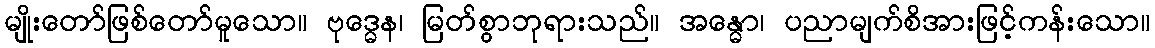
မျိုးတော်ဖြစ်တော်မူသော။ ဗုဒ္ဓေန၊ မြတ်စွာဘုရားသည်။ အန္ဓော၊ ပညာမျက်စိအားဖြင့်ကန်းသော။